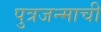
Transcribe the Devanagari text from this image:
पुत्रजन्माची